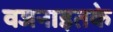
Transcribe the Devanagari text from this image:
वजनाइतके